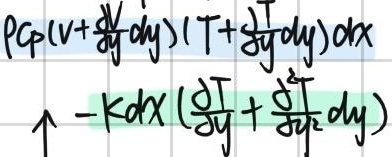
\(pc_{p}(v + \frac{\partial v}{\partial y}dy)(T+\frac{\partial T}{\partial y}dy)dx - kdx(\frac{\partial T}{\partial y}+\frac{\partial^{2} T}{\partial y^{2}}dy)\)
\(\uparrow\)